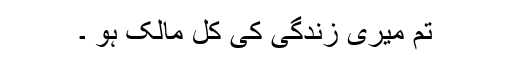
تم میری زندگی کی کل مالک ہو ۔